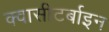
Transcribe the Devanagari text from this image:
क्वासीटर्बाइन